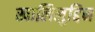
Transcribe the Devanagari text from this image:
खालिलुद्दिन